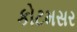
કોટમસર